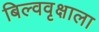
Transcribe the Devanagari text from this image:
बिल्ववृक्षाला